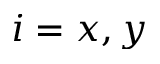
i = x , y